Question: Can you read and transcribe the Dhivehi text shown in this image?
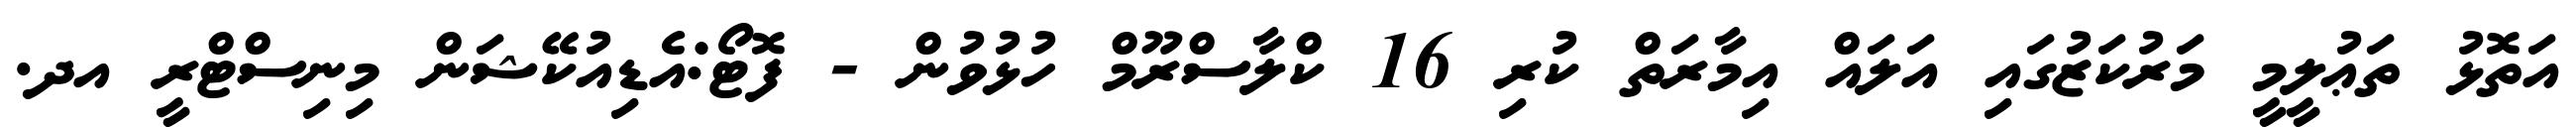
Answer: އަތޮޅު ތަޢުލީމީ މަރުކަޒުގައި އަލައް އިމާރަތް ކުރި 16 ކްލާސްރޫމް ހުޅުވުން - ފޮޓޯ:އެޑިއުކޭޝަން މިނިސްޓްރީ އދ.